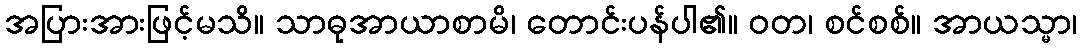
အပြားအားဖြင့်မသိ။ သာဓုအာယာစာမိ၊ တောင်းပန်ပါ၏။ ဝတ၊ စင်စစ်။ အာယသ္မာ၊